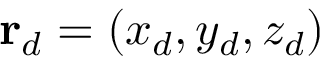
\mathbf { r } _ { d } = \left( x _ { d } , y _ { d } , z _ { d } \right)